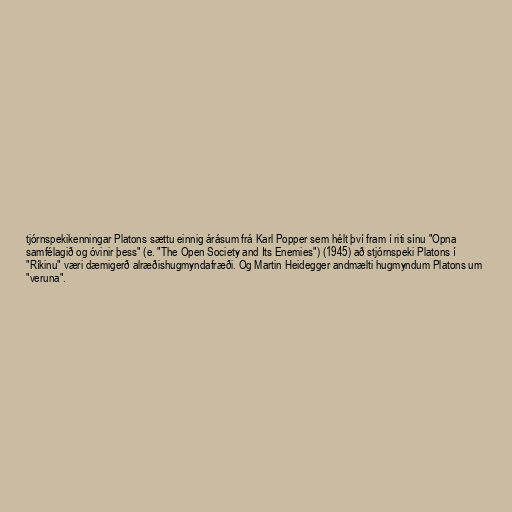
tjórnspekikenningar Platons sættu einnig árásum frá Karl Popper sem hélt því fram í riti sínu "Opna
samfélagið og óvinir þess" (e. "The Open Society and Its Enemies") (1945) að stjórnspeki Platons í
"Ríkinu" væri dæmigerð alræðishugmyndafræði. Og Martin Heidegger andmælti hugmyndum Platons um
"veruna".